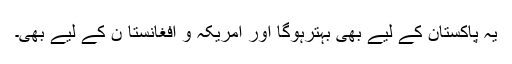
یہ پاکستان کے لیے بھی بہترہوگا اور امریکہ و افغانستا ن کے لیے بھی۔